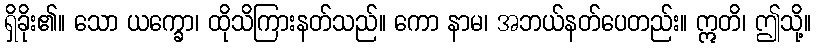
ရှိခိုး၏။ သော ယက္ခော၊ ထိုသိကြားနတ်သည်။ ကော နာမ၊ အဘယ်နတ်ပေတည်း။ ဣတိ၊ ဤသို့။